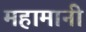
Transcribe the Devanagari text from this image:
महामानी